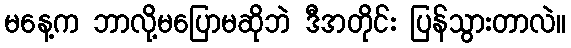
မနေ့က ဘာလို့မပြောမဆိုဘဲ ဒီအတိုင်း ပြန်သွားတာလဲ။